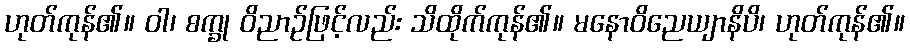
ဟုတ်ကုန်၏။ ဝါ၊ စက္ခု ဝိညာဉ်ဖြင့်လည်း သိထိုက်ကုန်၏။ မနောဝိညေယျာနိပိ၊ ဟုတ်ကုန်၏။